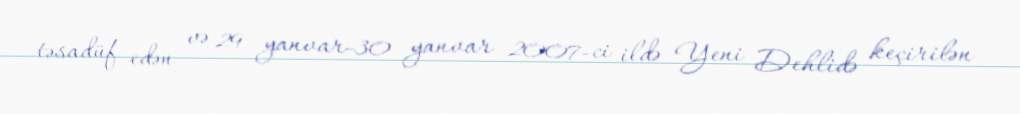
təsadüf edən və 29 yanvar-30 yanvar 2007-ci ildə Yeni Dehlidə keçirilən